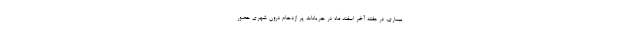
بیماری، در هفته آخر اسفند ماه در جریانات پر ازدحام درون شهری حضور